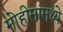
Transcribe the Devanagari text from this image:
मोहीमांमध्ये